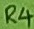
Text: R4